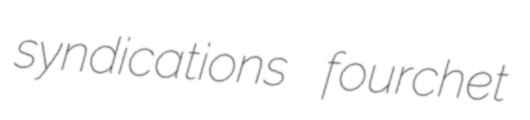
syndications fourchet